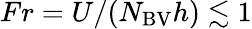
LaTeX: Fr=U/(N_{\mathrm{{BV}}}h)\lesssim 1